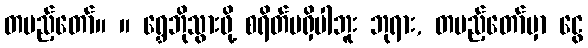
တပည့်တော်။ ။ ရွှေဘိုသွားဖို့ စရိတ်မရှိပါဘူး ဘုရား, တပည့်တော်မှာ ငွေ